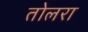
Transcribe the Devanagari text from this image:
तोलरा